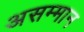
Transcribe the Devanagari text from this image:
असम्मान